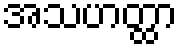
အသဟတ္ထာ